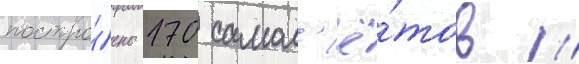
постро́ено 170 самол'ё́тов //